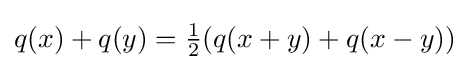
q(x)+q(y)={\tfrac {1}{2}}(q(x+y)+q(x-y))